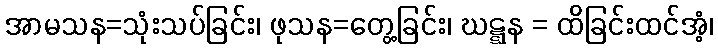
အာမသန=သုံးသပ်ခြင်း၊ ဖုသန=တွေ့ခြင်း၊ ဃဋ္ဋန = ထိခြင်းထင်အံ့၊